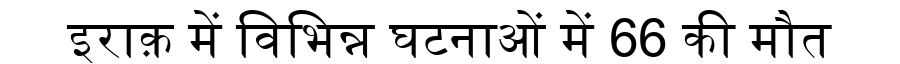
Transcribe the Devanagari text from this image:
इराक़ में विभिन्न घटनाओं में 66 की मौत